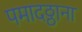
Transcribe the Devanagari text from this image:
पमादठ्ठाना